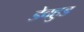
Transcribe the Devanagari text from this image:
डेवहुड